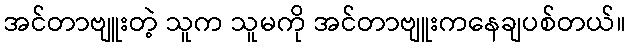
အင်တာဗျူးတဲ့ သူက သူမကို အင်တာဗျူးကနေချပစ်တယ်။